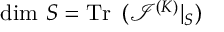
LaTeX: \mathrm { d i m } \ S = \mathrm { T r \thinspace ~ } ( { \mathcal I } ^ { ( K ) } | _ { S } )